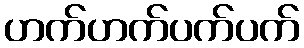
ဟက်ဟက်ပက်ပက်